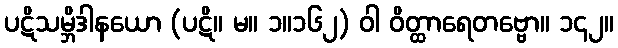
ပဋိသမ္ဘိဒါနယော (ပဋိ။ မ။ ၁။၁၆၂) ဝါ ဝိတ္ထာရေတဗ္ဗော။ ၁၄၂။